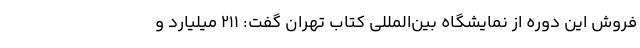
فروش این دوره از نمایشگاه بین‌المللی کتاب تهران گفت: ۲۱۱ میلیارد و